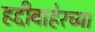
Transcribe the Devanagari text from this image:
हद्दीबाहेरच्या